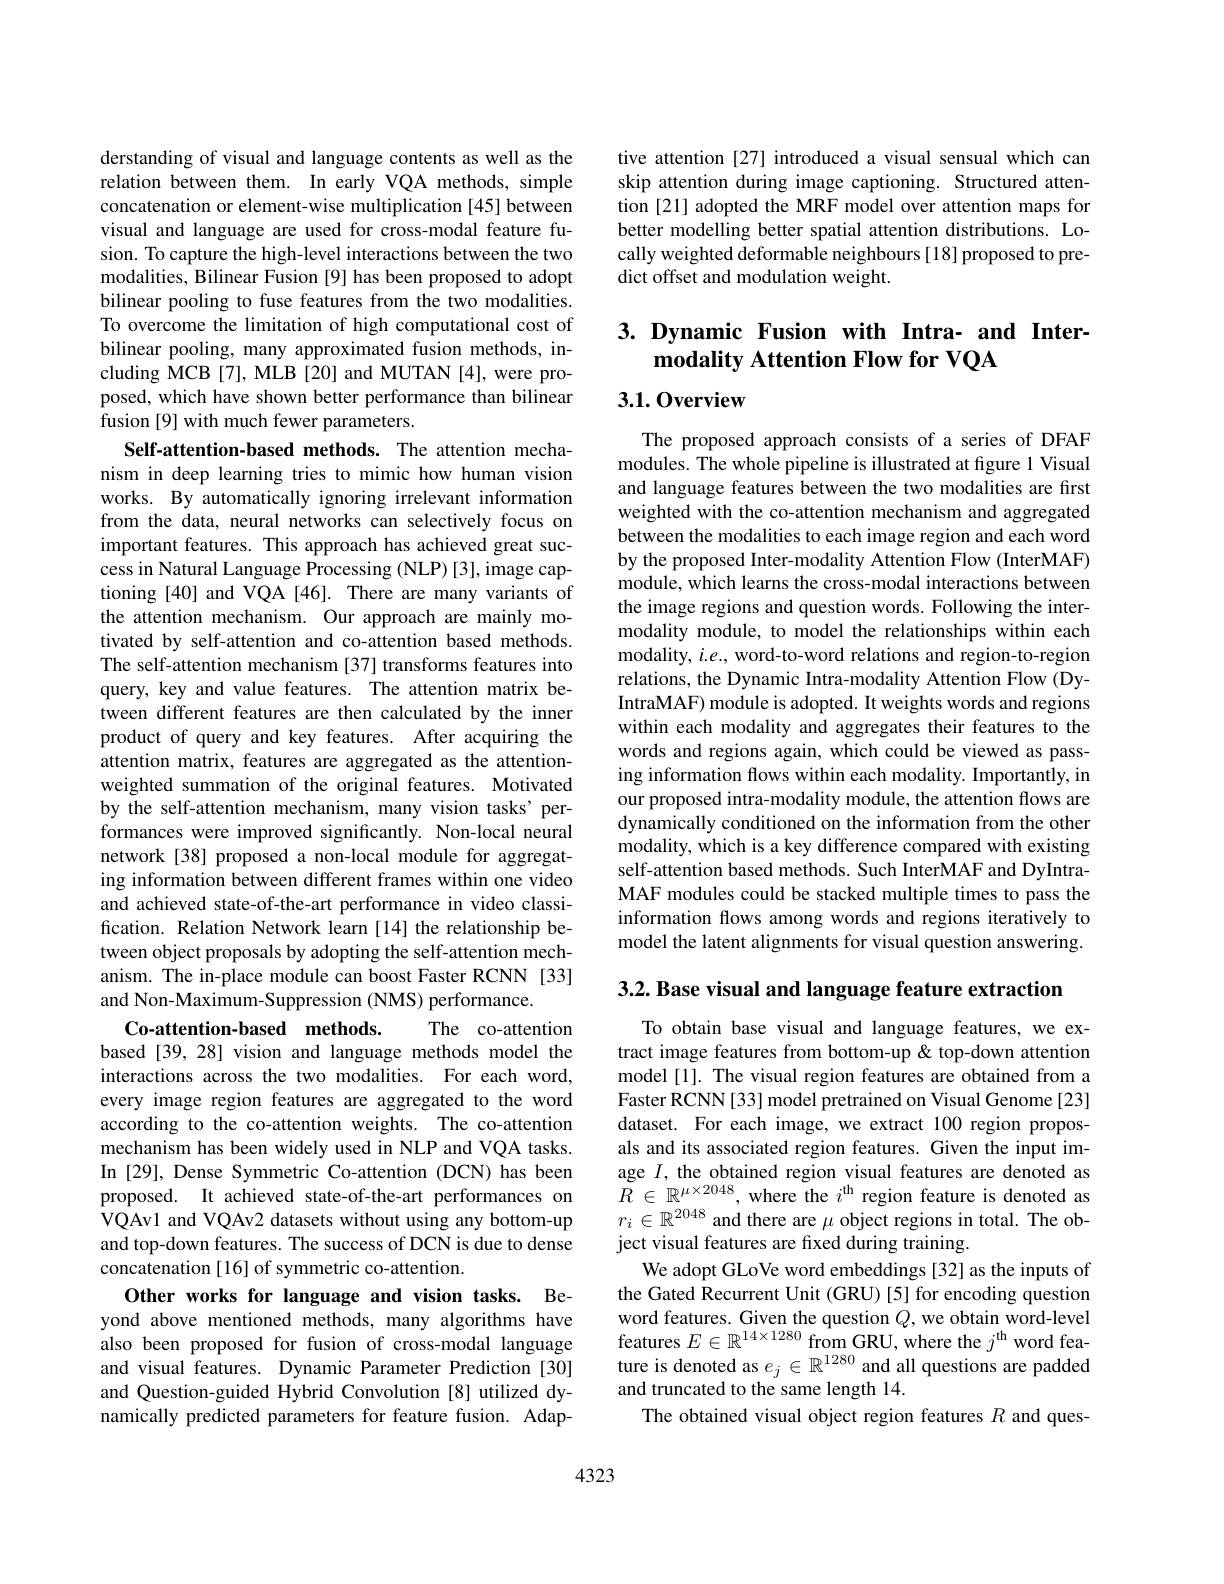
derstanding of visual and language contents as well as the relation between them. In early VQA methods, simple concatenation or element-wise multiplication [45] between visual and language are used for cross-modal feature fusion. To capture the high-level interactions between the two modalities, Bilinear Fusion [9] has been proposed to adopt bilinear pooling to fuse features from the two modalities. To overcome the limitation of high computational cost of bilinear pooling, many approximated fusion methods, including MCB[7], MLB[20] and MUTAN[4], were proposed, which have shown better performance than bilinear fusion [9] with much fewer parameters.
Self-attention-based methods. The attention mechanism in deep learning tries to mimic how human vision works. By automatically ignoring irrelevant information from the data, neural networks can selectively focus on important features. This approach has achieved great success in Natural Language Processing (NLP) [3], image captioning [40] and VQA [46]. There are many variants of the attention mechanism. Our approach are mainly motivated by self-attention and co-attention based methods. The self-attention mechanism [37] transforms features into query, key and value features. The attention matrix between different features are then calculated by the inner product of query and key features. After acquiring the attention matrix, features are aggregated as the attentionweighted summation of the original features. Motivated by the self-attention mechanism, many vision tasks' performances were improved significantly. Non-local neural network[38] proposed a non-local module for aggregating information between different frames within one video and achieved state-of-the-art performance in video classification. Relation Network learn [14] the relationship between object proposals by adopting the self-attention mechanism. The in-place module can boost Faster RCNN [33] and Non-Maximum-Suppression (NMS) performance.
Co-attention-based methods.
The co-attention
based [39,28] vision and language methods model the interactions across the two modalities. For each word, every image region features are aggregated to the word according to the co-attention weights. The co-attention mechanism has been widely used in NLP and VQA tasks. In [29], Dense Symmetric Co-attention (DCN) has been proposed. It achieved state-of-the-art performances on VQAv1 and VQAv2 datasets without using any bottom-up and top-down features. The success of DCN is due to dense concatenation [16] of symmetric co-attention.
Other works for language and vision tasks. Beyond above mentioned methods, many algorithms have also been proposed for fusion of cross-modal language and visual features. Dynamic Parameter Prediction [30] and Question-guided Hybrid Convolution [8] utilized dynamically predicted parameters for feature fusion. Adap-

tive attention [27] introduced a visual sensual which can skip attention during image captioning. Structured attention [21] adopted the MRF model over attention maps for better modelling better spatial attention distributions. Locally weighted deformable neighbours[18] proposed to predict offset and modulation weight.

# 3. Dynamic Fusion with Intra- and Intermodality Attention Flow for VQA

## 3.1.0verview

The proposed approach consists of a series of DFAF modules. The whole pipeline is illustrated at figure 1 Visual and language features between the two modalities are first weighted with the co-attention mechanism and aggregated between the modalities to each image region and each word by the proposed Inter-modality Attention Flow (InterMAF) module, which learns the cross-modal interactions between the image regions and question words. Following the intermodality module, to model the relationships within each modality, $i.e.$, word-to-word relations and region-to-region relations, the Dynamic Intra-modality Attention Flow (DyIntraMAF) module is adopted. It weights words and regions within each modality and aggregates their features to the words and regions again, which could be viewed as passing information flows within each modality. Importantly, in our proposed intra-modality module, the attention flows are dynamically conditioned on the information from the other modality, which is a key difference compared with existing self-attention based methods. Such InterMAF and DyIntraMAF modules could be stacked multiple times to pass the information flows among words and regions iteratively to model the latent alignments for visual question answering.

3.2. Base visual and language feature extraction

To obtain base visual and language features, we extract image features from bottom-up& top-down attention model [1]. The visual region features are obtained from a Faster RCNN [33] model pretrained on Visual Genome [23] dataset. For each image, we extract 100 region proposals and its associated region features. Given the input image $I$, the obtained region visual features are denoted as $\tilde{R} \in \mathbb{R} ^{\mu \times 2048}$, where the $i^{\mathrm{th}}$ region feature is denoted as $r_{i}\in \mathbb{R} ^{2048}$ and there are $\mu$ object regions in total. The object visual features are fixed during training.
We adopt GLoVe word embeddings [32] as the inputs of the Gated Recurrent Unit (GRU) [5] for encoding question word features. Given the question $Q$, we obtain word-level features $E\in\mathbb{R}^14\times1280$ from GRU, where the $j^\mathrm{th}$ word feature is denoted as $e_j\in\mathbb{R}^{1280}$ and all questions are padded and truncated to the same length 14.
The obtained visual object region features $R$ and ques-

4323